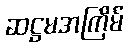
ဆဋ္ဌမအကြိမ်